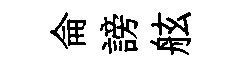
侖謗舷